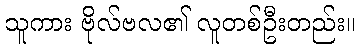
သူကား ဗိုလ်ဗလ၏ လူတစ်ဦးတည်း။